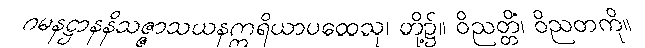
ဂမနဋ္ဌာနနိသဇ္ဇာသယနဣရိယာပထေသု၊ တို့၌။ ဝိညတ္တိံ၊ ဝိညတကို။